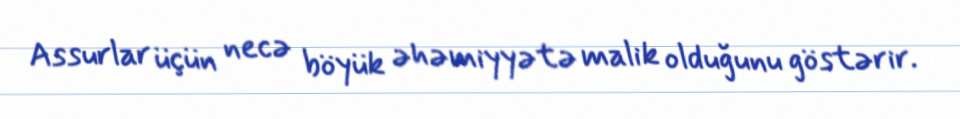
Assurlar üçün necə böyük əhəmiyyətə malik olduğunu göstərir.